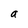
Character: a